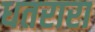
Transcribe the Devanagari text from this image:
धतरारा